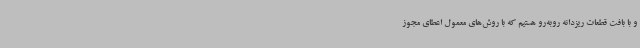
و با بافت قطعات ریزدانه روبه‌رو هستیم که با روش‌های معمول اعطای مجوز